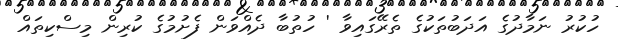
ހުކުރު ނަމާދުގެ އަދަބުތަކުގެ ތެރޭގައިވާ ' ހުތުބާ ދެއްވަން ފެށުމުގެ ކުރިން މިސްކިތައް